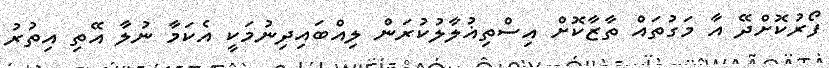
ފޯރުކޮށްދޭ އާ މަގުތައް ތާޒާކޮށް އިސްތިޣުލާލުކުރަން ލިއްބައިދިނުމަކީ އެކަމާ ނުލާ އޭތި އިތުރު